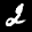
Label: 2